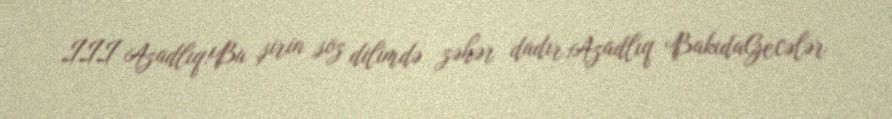
III Azadlıq!Bu şirin söz dilimdə zəhər dadır;Azadlıq BakıdaGecələr